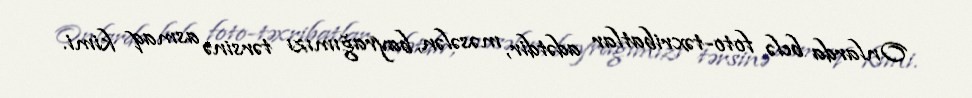
Onlarda belə foto-təxribatlar adətdir, məsələn, bayrağımızı tərsinə asmaq kimi.